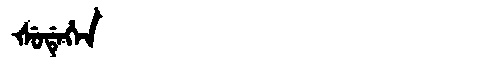
Manchu: ᡧᡠᡩᡝᡥᡝᠨ
Romanization: ŠUDEHEN